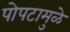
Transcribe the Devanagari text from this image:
पोपटामुळे